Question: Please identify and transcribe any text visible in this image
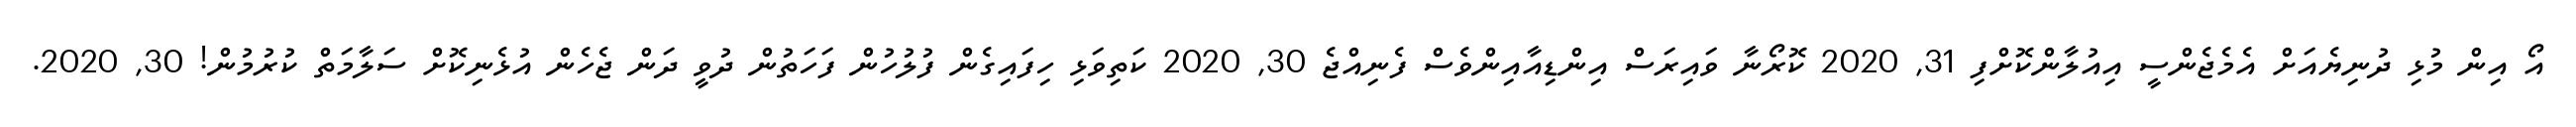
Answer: އޯ އިން މުޅި ދުނިޔެއަށް އެމެޖެންސީ އިއުލާންކޮށްފި 31, 2020 ކޮރޯނާ ވައިރަސް އިންޑިއާއިންވެސް ފެނިއްޖެ 30, 2020 ކަތިވަޅި ހިފައިގެން ފުލުހުން ފަހަތުން ދުވީ ދަން ޖެހެން އުޅެނިކޮށް ސަލާމަތް ކުރުމުން! 30, 2020.